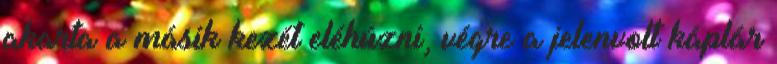
akarta a másik kezét eléhúzni, végre a jelenvolt káplár